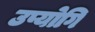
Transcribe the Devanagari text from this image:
उप्योगि